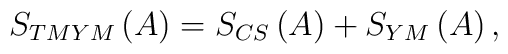
S_{TMYM}\left( A\right) =S_{CS}\left( A\right) +S_{YM}\left( A\right) ,